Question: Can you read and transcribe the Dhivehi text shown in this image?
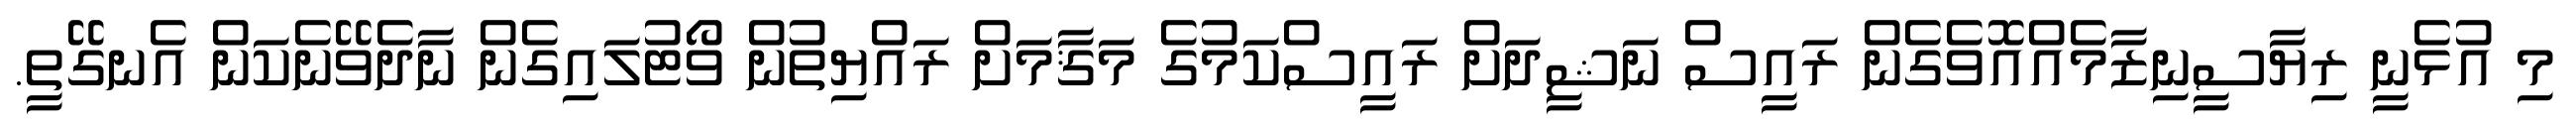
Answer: މި އުޅެނީ ރިޔާސީނިޒާމެއްއޮވެގެން ރައީސް ނަޝީދަށް ރައީސްކަމުގެ މަޤާމަށް ރައްޔިތުން ވޯޓުލައިގެން ނާދެވޭނެކަން އެނގޭތީ.